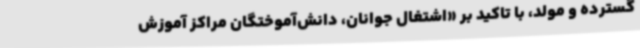
گسترده و مولد، با تاکید بر «اشتغال جوانان، دانش‌آموختگان مراکز آموزش